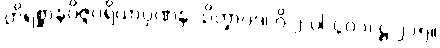
တိရစ္ဆာနဝိဇ္ဇပရိယာပုဏန သိက္ခာပဒ၊ ဝိ-၂-ပါ-၄၀၁၊ ဋ္ဌ-၂၁၅။